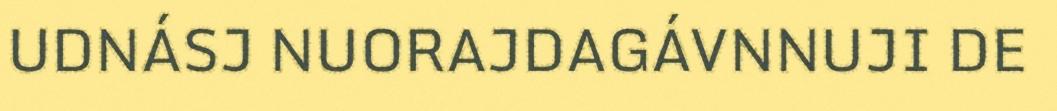
UDNÁSJ NUORAJDAGÁVNNUJI DE